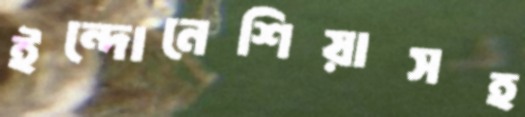
ইন্দোনেশিয়াসহ